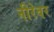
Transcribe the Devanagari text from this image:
नीरेवर